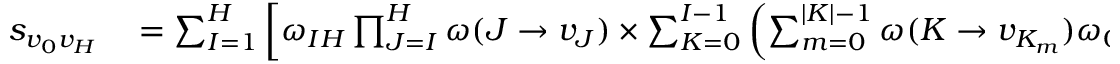
\begin{array} { r l } { s _ { v _ { 0 } v _ { H } } } & { { } = \sum _ { I = 1 } ^ { H } \left[ \omega _ { I H } \prod _ { J = I } ^ { H } \omega ( J \to v _ { J } ) \times \sum _ { K = 0 } ^ { I - 1 } \left( \sum _ { m = 0 } ^ { | K | - 1 } \omega ( K \to v _ { K _ { m } } ) \omega _ { 0 K } \omega _ { I - 1 , K } \prod _ { J = 0 , J \neq K } ^ { I - 1 } \omega ( J \to v _ { J } ) \right) \right] = } \end{array}